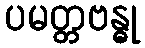
ပမတ္တဗန္ဓု